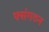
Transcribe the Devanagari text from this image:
फ्संगठन